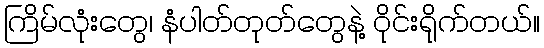
ကြိမ်လုံးတွေ၊ နံပါတ်တုတ်တွေနဲ့ ဝိုင်းရိုက်တယ်။